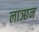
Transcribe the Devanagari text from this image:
लाञ्छन